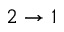
2 \to 1